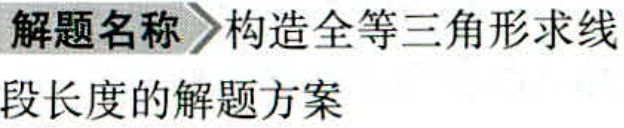
解题名称 构造全等三角形求线

段长度的解题方案